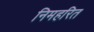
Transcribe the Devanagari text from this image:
निमहरित